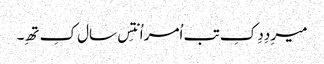
میرِ دِدِ کِ تب اُمر اُنتِس سال کِ تھِ۔